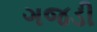
ગજડી